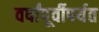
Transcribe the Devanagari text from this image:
वर्षांपूर्वीपर्यत